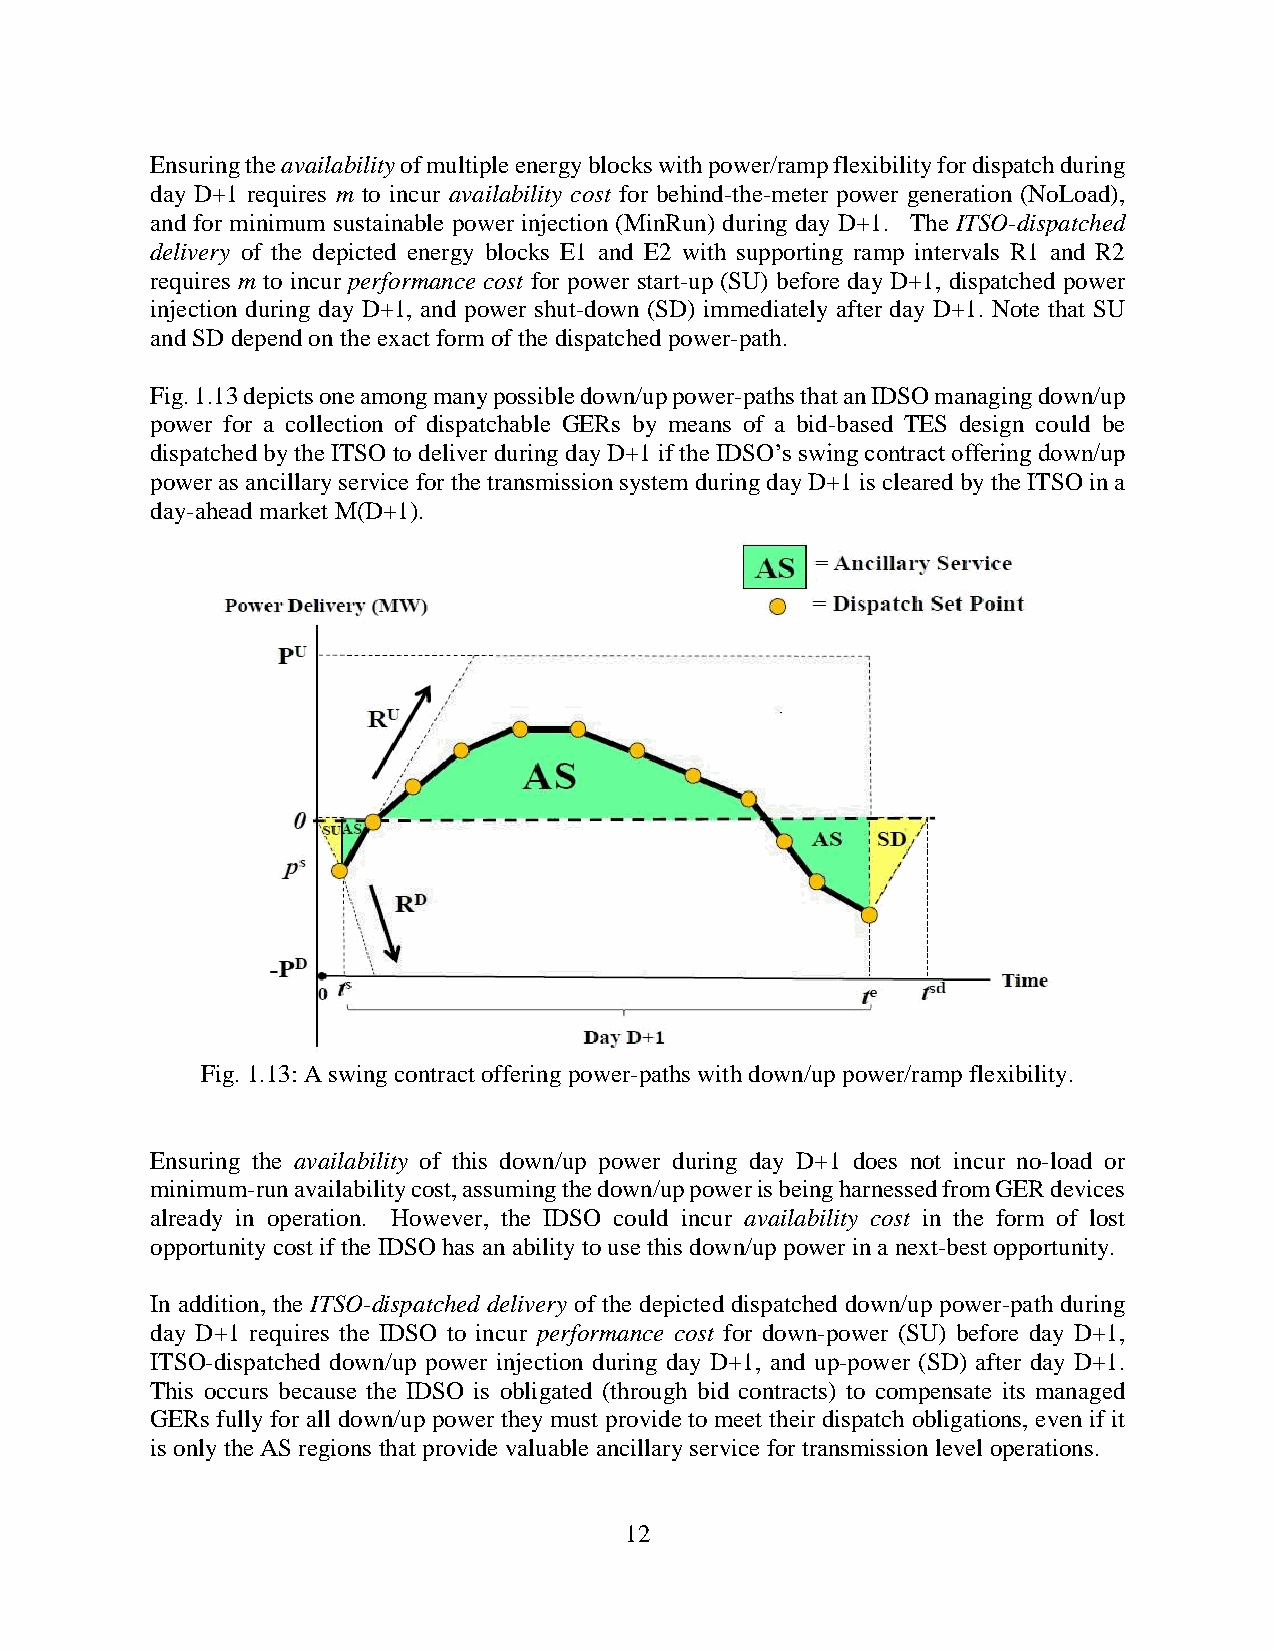
Ensuring the availability of multiple energy blocks with power/ramp flexibility for dispatch during
 day D+1 requires m to incur availability cost for behind-the-meter power generation (NoLoad),
 and for minimum sustainable power injection (MinRun) during day D+1. The ITSO-dispatched
 delivery of the depicted energy blocks E1 and E2 with supporting ramp intervals R1 and R2
 requires m to incur performance cost for power start-up (SU) before day D+1, dispatched power
 injection during day D+1, and power shut-down (SD) immediately after day D+1. Note that SU
 and SD depend on the exact form of the dispatched power-path.
 Fig. 1.13 depicts one among many possible down/up power-paths that an IDSO managing down/up
 power for a collection of dispatchable GERs by means of a bid-based TES design could be
 dispatched by the ITSO to deliver during day D+1 if the IDSO’s swing contract offering down/up
 power as ancillary service for the transmission system during day D+1 is cleared by the ITSO in a
 day-ahead market M(D+1).
 Fig. 1.13: A swing contract offering power-paths with down/up power/ramp flexibility.
 Ensuring the availability of this down/up power during day D+1 does not incur no-load or
 minimum-run availability cost, assuming the down/up power is being harnessed from GER devices
 already in operation. However, the IDSO could incur availability cost in the form of lost
 opportunity cost if the IDSO has an ability to use this down/up power in a next-best opportunity.
 In addition, the ITSO-dispatched delivery of the depicted dispatched down/up power-path during
 day D+1 requires the IDSO to incur performance cost for down-power (SU) before day D+1,
 ITSO-dispatched down/up power injection during day D+1, and up-power (SD) after day D+1.
 This occurs because the IDSO is obligated (through bid contracts) to compensate its managed
 GERs fully for all down/up power they must provide to meet their dispatch obligations, even if it
 is only the AS regions that provide valuable ancillary service for transmission level operations.
 12